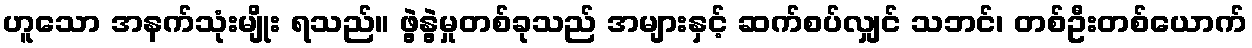
ဟူသော အနက်သုံးမျိုး ရသည်။ ဖွဲ့နွဲ့မှုတစ်ခုသည် အများနှင့် ဆက်စပ်လျှင် သဘင်၊ တစ်ဦးတစ်ယောက်